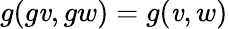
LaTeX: g(g\mathit{v},gw)=g(\mathit{v},w)